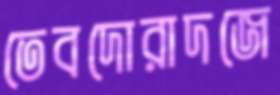
তেবদোরাদজে